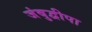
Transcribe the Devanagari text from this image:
जंबुद्वीपा